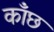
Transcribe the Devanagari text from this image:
काँछ